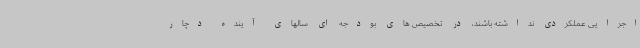
اجرایی عملکردی نداشته باشند، در تخصیص های بودجه ای سالهای آینده دچار